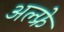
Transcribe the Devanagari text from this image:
अल्फ्रे